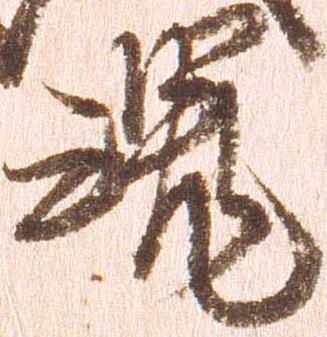
魂